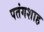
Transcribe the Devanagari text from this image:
पतंगशाह